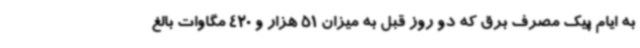
به ایام پیک مصرف برق که دو روز قبل به میزان 51 هزار و 420 مگاوات بالغ